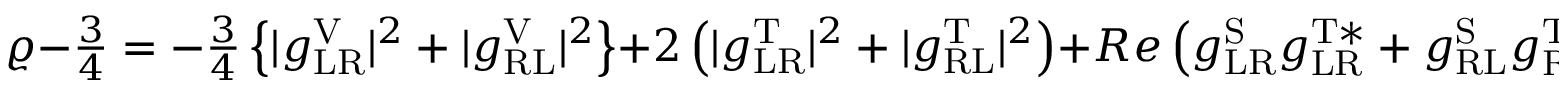
\varrho - \textstyle { \frac { 3 } { 4 } } = - \textstyle { \frac { 3 } { 4 } } \displaystyle \left\{ | g _ { \mathrm { L R } } ^ { \mathrm { V } } | ^ { 2 } + | g _ { \mathrm { R L } } ^ { \mathrm { V } } | ^ { 2 } \right\} + 2 \left( | g _ { \mathrm { L R } } ^ { \mathrm { T } } | ^ { 2 } + | g _ { \mathrm { R L } } ^ { \mathrm { T } } | ^ { 2 } \right) + R e \left( g _ { \mathrm { L R } } ^ { \mathrm { S } } g _ { \mathrm { L R } } ^ { \mathrm { T * } } + g _ { \mathrm { R L } } ^ { \mathrm { S } } g _ { \mathrm { R L } } ^ { \mathrm { T * } } \right) \; .